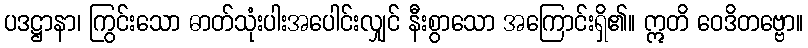
ပဒဋ္ဌာနာ၊ ကြွင်းသော ဓာတ်သုံးပါးအပေါင်းလျှင် နီးစွာသော အကြောင်းရှိ၏။ ဣတိ ဝေဒိတဗ္ဗော။